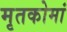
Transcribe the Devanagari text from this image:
मृतकोमां